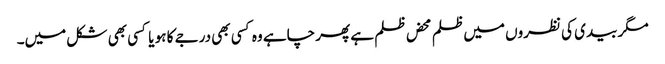
مگر بیدی کی نظروں میں ظلم محض ظلم ہے پھر چاہے وہ کسی بھی درجے کا ہو یا کسی بھی شکل میں۔